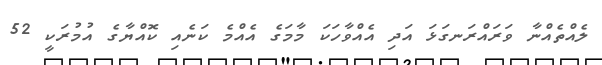
ލެއްތެއްނާ ވަރައްރަނގަޅަ އަދި އެއްވާހަކަ މާމަގެ އެއްމެ ކަނެއި ކޮއްޔާގެ އުމުރަކީ 52